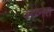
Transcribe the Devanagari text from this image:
काय्नेस